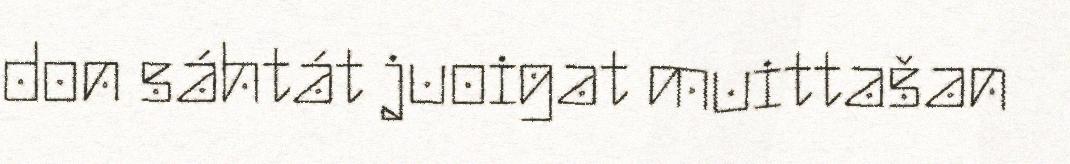
don sáhtát juoigat muittašan